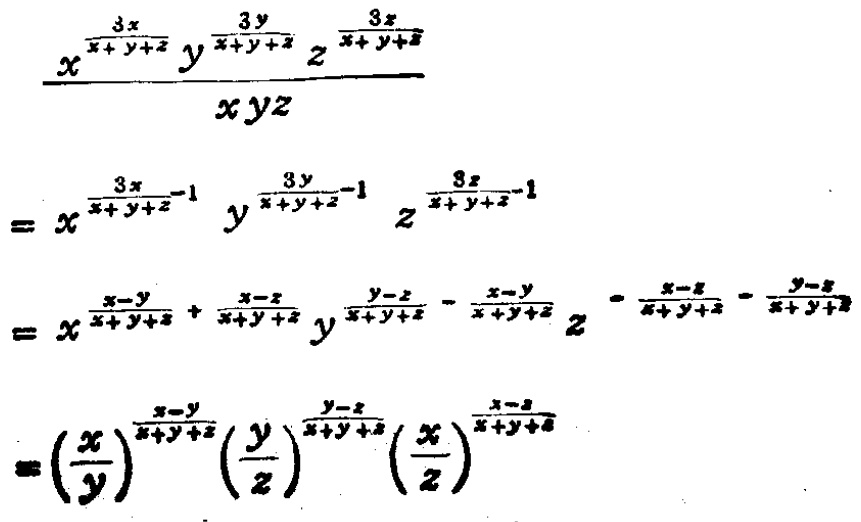
\[\begin{align*}
&\frac{x^{\frac{3x}{x + y+z}}y^{\frac{3y}{x + y+z}}z^{\frac{3z}{x + y+z}}}{xyz}\\
=&x^{\frac{3x}{x + y+z}-1}y^{\frac{3y}{x + y+z}-1}z^{\frac{3z}{x + y+z}-1}\\
=&x^{\frac{x - y}{x + y+z}+\frac{x - z}{x + y+z}}y^{\frac{y - z}{x + y+z}-\frac{x - y}{x + y+z}}z^{-\frac{x - z}{x + y+z}-\frac{y - z}{x + y+z}}\\
=&\left(\frac{x}{y}\right)^{\frac{x - y}{x + y+z}}\left(\frac{y}{z}\right)^{\frac{y - z}{x + y+z}}\left(\frac{x}{z}\right)^{\frac{x - z}{x + y+z}}
\end{align*}\]